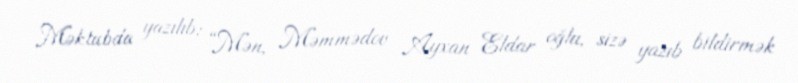
Məktubda yazılıb: “Mən, Məmmədov Ayxan Eldar oğlu, sizə yazıb bildirmək